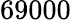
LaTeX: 69000